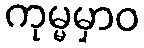
ကုမ္မမှာဝ